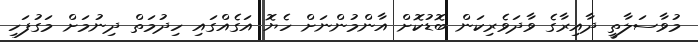
މުވާސަލާތީ ދާއިރާގެ ވާދަވެރިކަން ބޮޑުކޮށް އާންމުންނަށް ހެޔޮ އަގެއްގައި ހިދުމަތް ދިނުމަށް މަގުފަހި